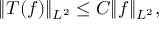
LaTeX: \| T ( f ) \| _ { L ^ { 2 } } \leq C \| f \| _ { L ^ { 2 } } ,